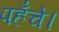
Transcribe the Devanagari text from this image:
पहँचे।